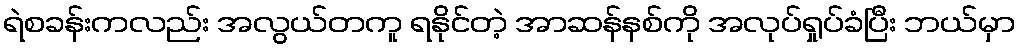
ရဲစခန်းကလည်း အလွယ်တကူ ရနိုင်တဲ့ အာဆန်နစ်ကို အလုပ်ရှုပ်ခံပြီး ဘယ်မှာ